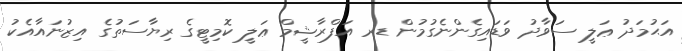
އަޙުމަދު ޢަލީ ސަވާދު ވަޑައިގެންނެގުމުން ޑރ އަފްރާޝީމް ޢަލީ ކޮމިޓީގެ ރިޔާސަތުގެ އިޒުނައާއެކު